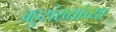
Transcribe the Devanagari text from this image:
बहुसंख्यांच्या